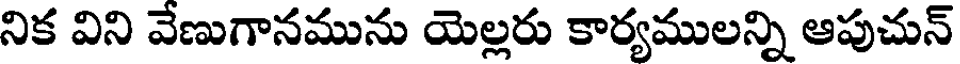
నిక విని వేణుగానమును యెల్లరు కార్యములన్ని ఆపుచున్